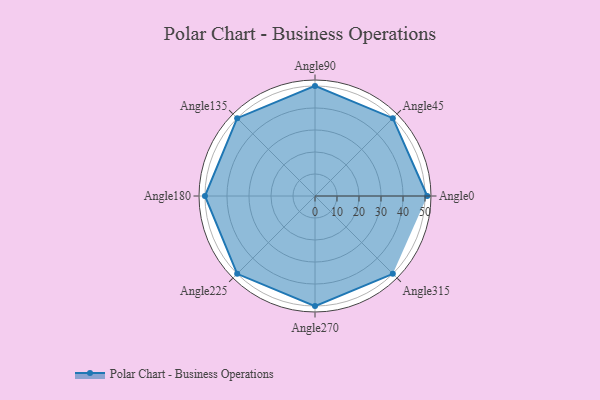
{"axis": {"x": "Angle", "y": "Radius"}, "legend": [""], "data": [{"x": "Angle0", "y": 51.0, "type": ""}, {"x": "Angle45", "y": 50, "type": ""}, {"x": "Angle90", "y": 50, "type": ""}, {"x": "Angle135", "y": 50, "type": ""}, {"x": "Angle180", "y": 50, "type": ""}, {"x": "Angle225", "y": 50, "type": ""}, {"x": "Angle270", "y": 50, "type": ""}, {"x": "Angle315", "y": 50, "type": ""}]}